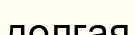
долгая